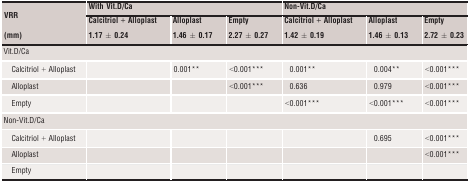
| <ROWSPAN=2> VRR | <COLSPAN=3> With Vit.D/Ca | <COLSPAN=3> Non-Vit.D/Ca |
 | Calcitriol + Alloplast | Alloplast | Empty | Calcitriol + Alloplast | Alloplast | Empty |
 | (mm) | 1.17 ± 0.24 | 1.46 ± 0.17 | 2.27 ± 0.27 | 1.42 ± 0.19 | 1.46 ± 0.13 | 2.72 ± 0.23 |
 | --- | --- | --- | --- | --- | --- | --- |
 | <COLSPAN=7> Vit.D/Ca |
 | Calcitriol + Alloplast |  | 0.001** | <0.001*** | 0.001** | 0.004** | <0.001*** |
 | Alloplast |  |  | <0.001*** | 0.636 | 0.979 | <0.001*** |
 | Empty |  |  |  | <0.001*** | <0.001*** | <0.001*** |
 | <COLSPAN=7> Non-Vit.D/Ca |
 | Calcitriol + Alloplast |  |  |  |  | 0.695 | <0.001*** |
 | Alloplast |  |  |  |  |  | <0.001*** |
 | Empty |  |  |  |  |  |  |